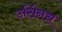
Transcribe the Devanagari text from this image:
उर्सिनस